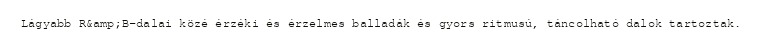
Lágyabb R&amp;B-dalai közé érzéki és érzelmes balladák és gyors ritmusú, táncolható dalok tartoztak.